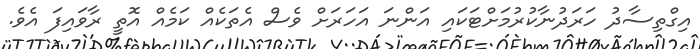
އިގްތިސާދު ހަރަދުނާކުރުމަށްޓަކައި އަންނަ އަހަރަށް ވެސް އެތަކެއް ކަމެއް އޮތީ ރާވައިފަ އެވެ.